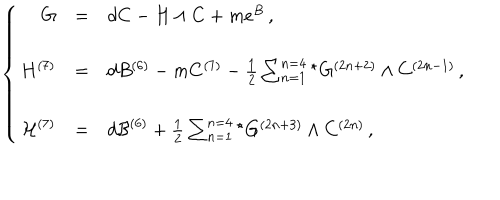
LaTeX: \left\{ \begin{array} { r c l } { { G } } & { { = } } & { { d C - H \wedge C + m e ^ { B } \, , } } \\ { { } } & { { } } & { { } } \\ { { H ^ { ( 7 ) } } } & { { = } } & { { d B ^ { ( 6 ) } - m C ^ { ( 7 ) } - \frac { 1 } { 2 } \sum _ { n = 1 } ^ { n = 4 } { } ^ { \star } G ^ { ( 2 n + 2 ) } \wedge C ^ { ( 2 n - 1 ) } \, , } } \\ { { } } & { { } } & { { } } \\ { { { \cal H } ^ { ( 7 ) } } } & { { = } } & { { d { \cal B } ^ { ( 6 ) } + \frac { 1 } { 2 } \sum _ { n = 1 } ^ { n = 4 } { } ^ { \star } G ^ { ( 2 n + 3 ) } \wedge C ^ { ( 2 n ) } \, , } } \\ \end{array} \right.